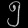
Digit: ၅